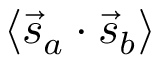
\langle { \vec { s } } _ { a } \cdot { \vec { s } } _ { b } \rangle